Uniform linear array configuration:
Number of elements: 64
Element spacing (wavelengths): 0.75
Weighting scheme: exponential
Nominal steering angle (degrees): -45
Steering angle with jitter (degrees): -46.881
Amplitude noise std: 0.05
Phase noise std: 0.05

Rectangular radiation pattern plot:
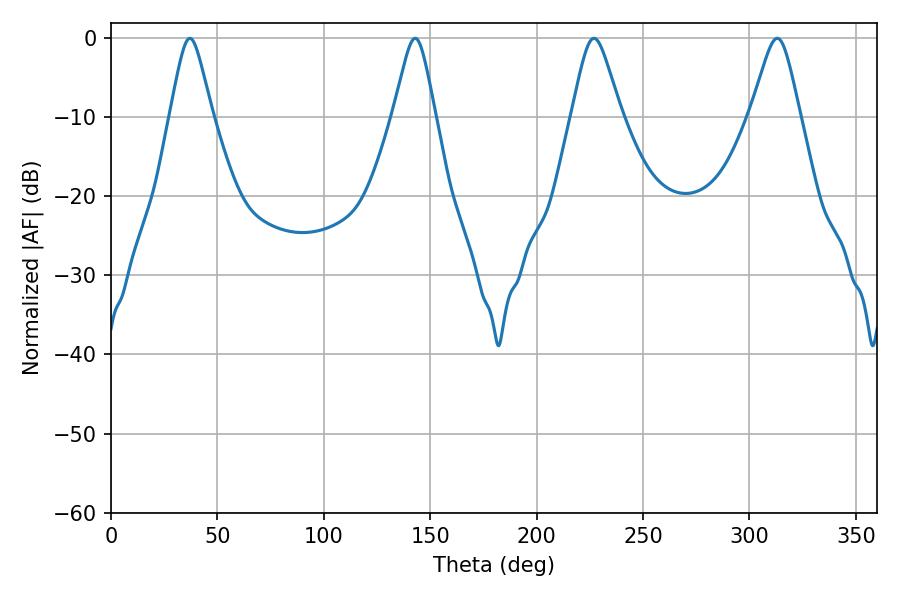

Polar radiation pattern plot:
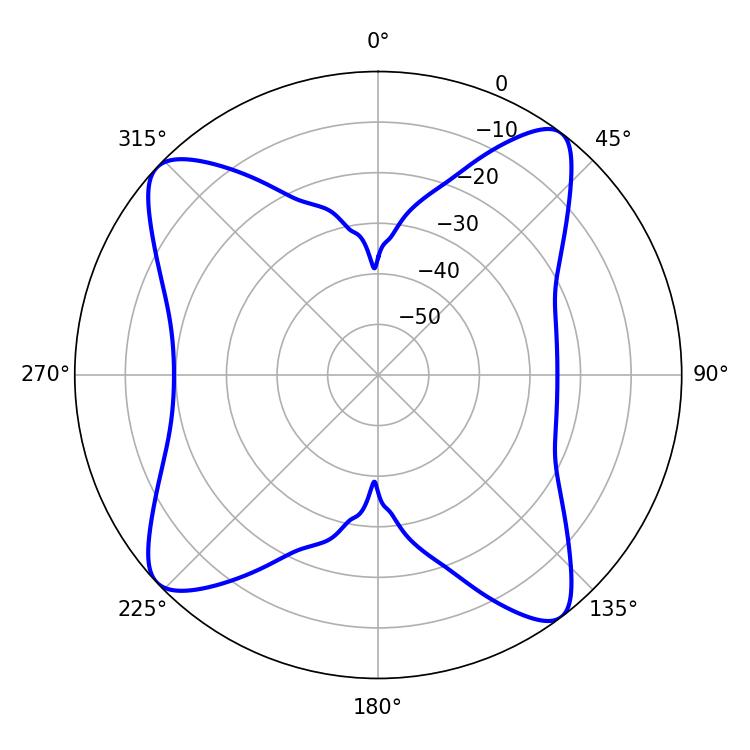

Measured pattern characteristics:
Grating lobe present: TRUE
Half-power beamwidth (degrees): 9.54
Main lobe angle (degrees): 37.08